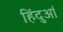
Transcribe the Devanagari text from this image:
हिंदुआं